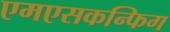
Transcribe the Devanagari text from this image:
एमएसकन्फिग